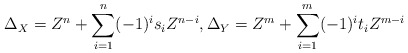
\begin{align*}\Delta_X = Z^n + \sum_{i=1}^n (-1)^i s_i Z^{n-i},\Delta_Y = Z^m + \sum_{i=1}^m (-1)^i t_i Z^{m-i}\end{align*}